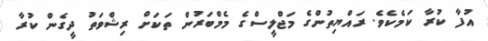
އުފާ ކުރާ ކަމެކެވެ. ރައްޔިތުންގެ މަޖްލީސްގެ މެމްބަރުން ތަކަށް ރިޝްވަތު ދީގެން ކުރާ